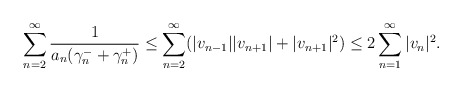
\begin{align*} \sum_{n=2}^\infty \frac{1}{a_n(\gamma_n^-+\gamma_n^+)} \le \sum_{n=2}^\infty (|v_{n-1}||v_{n+1}|+|v_{n+1}|^2) \le 2 \sum_{n=1}^\infty |v_n|^2. \end{align*}